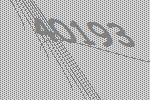
40193